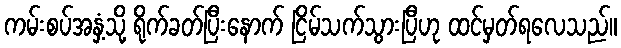
ကမ်းစပ်အနှံ့သို့ ရိုက်ခတ်ပြီးနောက် ငြိမ်သက်သွားပြီဟု ထင်မှတ်ရလေသည်။